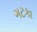
ગટકા